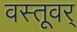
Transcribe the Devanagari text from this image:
वस्तूवर्